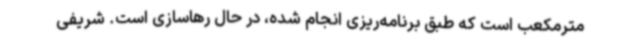
مترمکعب است که طبق برنامه‌ریزی انجام شده، در حال رهاسازی است. شریفی